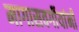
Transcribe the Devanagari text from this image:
मागासवर्गीयांनी